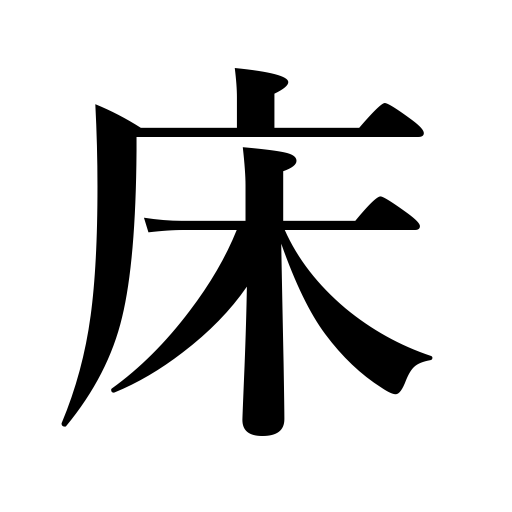
Meanings: sickbed,alcove,bed,padding,floor